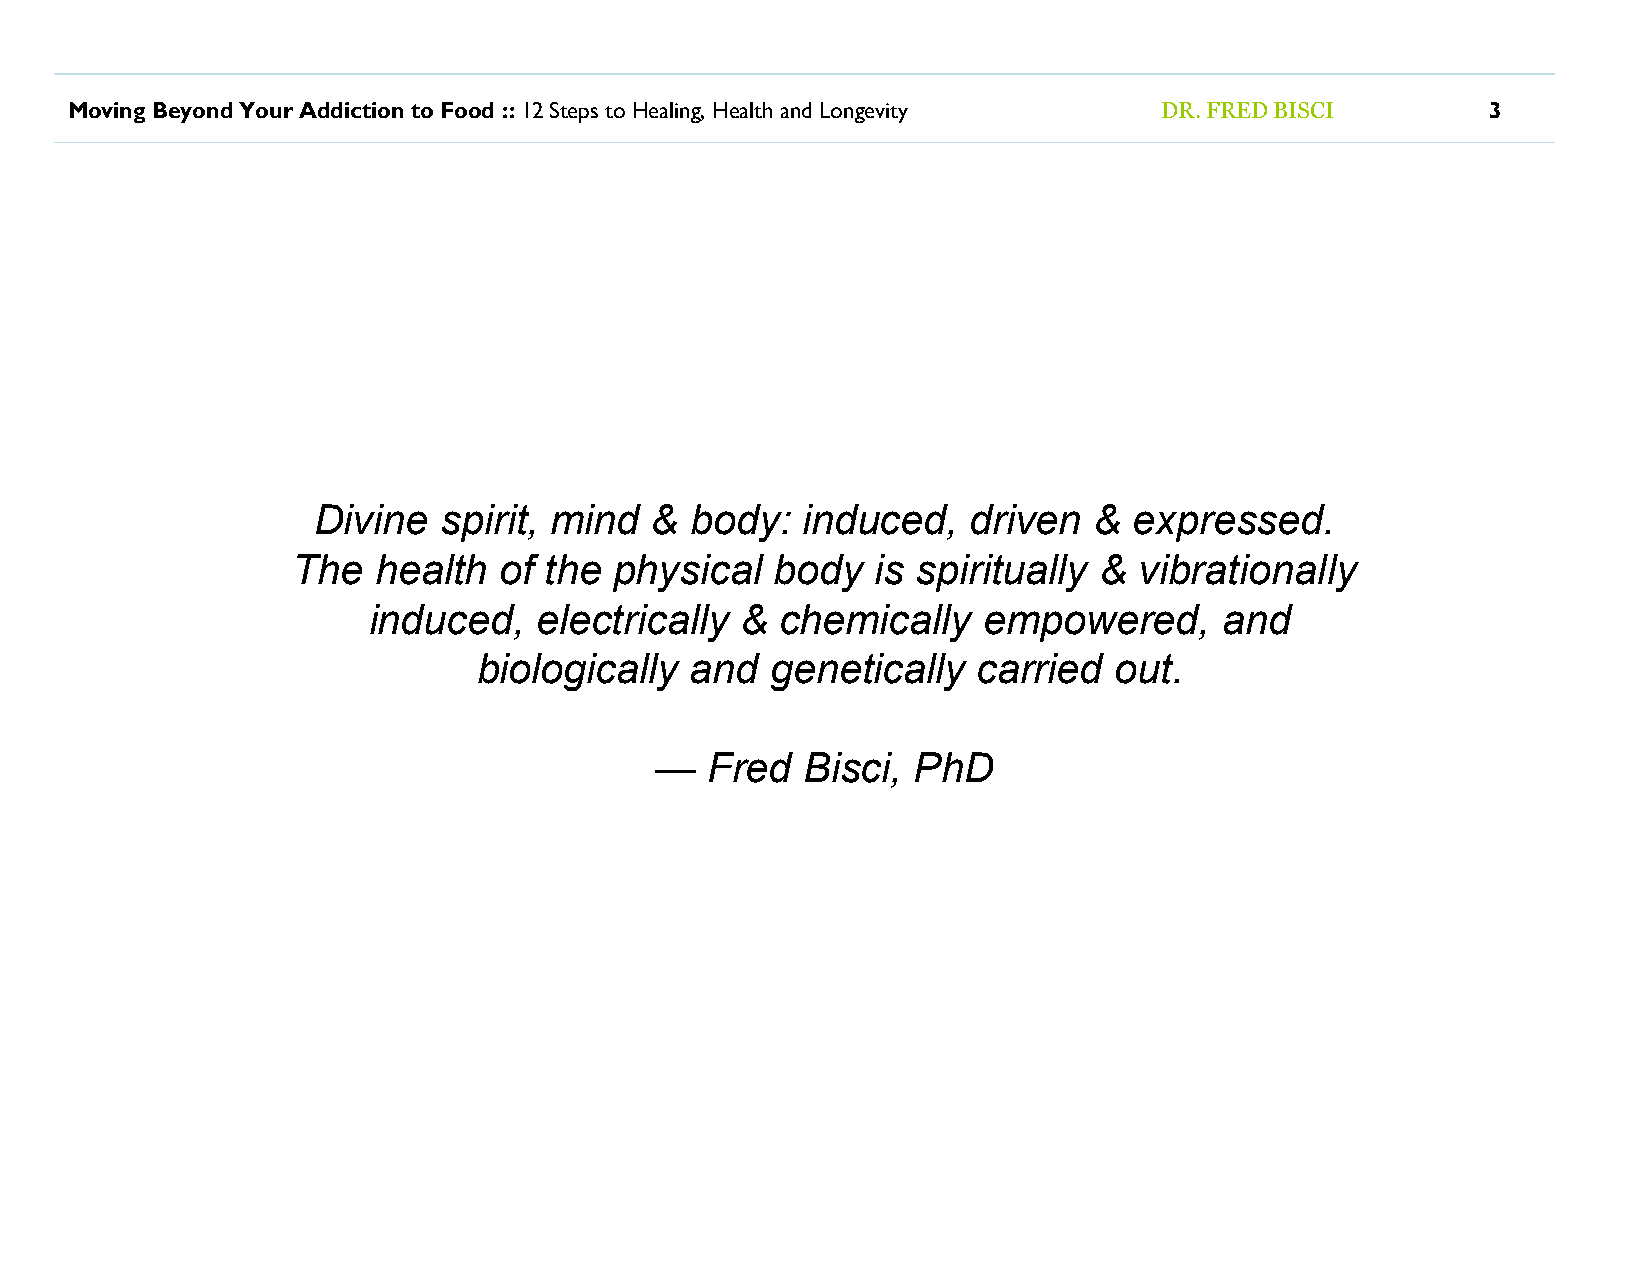
Moving Beyond Your Addiction to Food :: 12 Steps to Healing, Health and Longevity DR. FRED BISCI 3
 Divine  spirit, mind  &  body:  induced,   driven  &  expressed.
 The   health  of the  physical  body   is spiritually & vibrationally
 induced,    electrically &  chemically   empowered,      and
 biologically  and  genetically   carried  out.
 —   Fred  Bisci, PhD